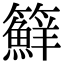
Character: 䉳